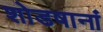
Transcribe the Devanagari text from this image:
शोडषानां